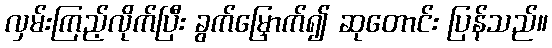
လှမ်းကြည့်လိုက်ပြီး ခွက်မြှောက်၍ ဆုတောင်း ပြန်သည်။